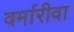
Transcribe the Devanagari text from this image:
वर्मारीवा